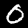
Label: 0